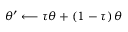
\theta ^ { \prime } \longleftarrow \tau \theta + \left( 1 - \tau \right) \theta